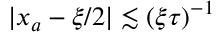
| x _ { a } - \xi / 2 | \lesssim ( \xi \tau ) ^ { - 1 }